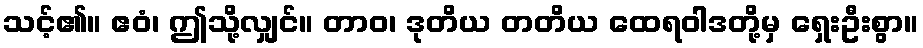
သင့်၏။ ဧဝံ၊ ဤသို့လျှင်။ တာဝ၊ ဒုတိယ တတိယ ထေရဝါဒတို့မှ ရှေးဦးစွာ။